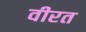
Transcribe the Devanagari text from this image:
वीरत